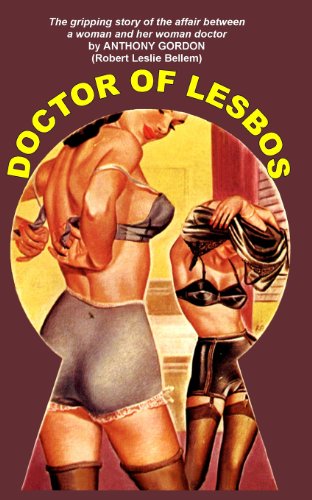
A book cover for Doctor of Lesbos; Anthony Gordon; Romance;